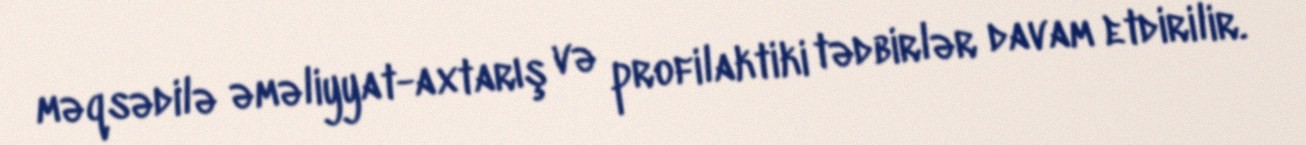
məqsədilə əməliyyat-axtarış və profilaktiki tədbirlər davam etdirilir.